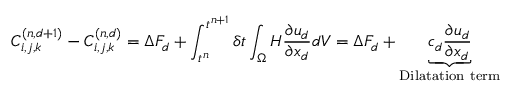
C _ { i , j , k } ^ { ( n , d + 1 ) } - C _ { i , j , k } ^ { ( n , d ) } = \Delta F _ { d } + \int _ { t ^ { n } } ^ { t ^ { n + 1 } } \delta t \int _ { \Omega } H \frac { \partial u _ { d } } { \partial x _ { d } } d V = \Delta F _ { d } + \underbrace { c _ { d } \frac { \partial u _ { d } } { \partial x _ { d } } } _ { \mathrm { D i l a t a t i o n ~ t e r m } }